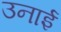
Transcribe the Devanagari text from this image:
उनाई